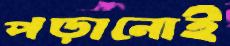
পড়ানোই